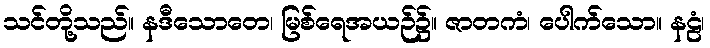
သင်တို့သည်။ နဒီသောတေ၊ မြစ်ရေအယဉ်၌။ ဇာတကံ၊ ပေါက်သော။ နဠံ၊